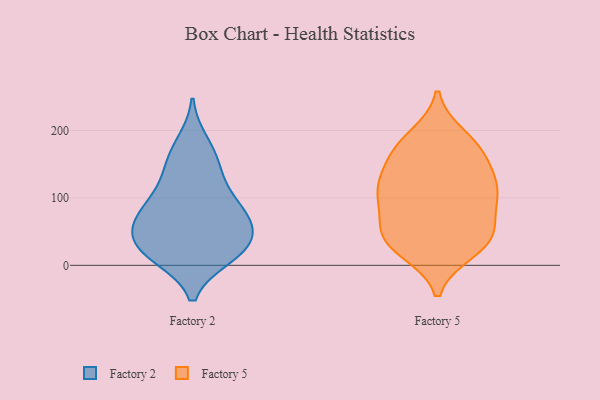
{"axis": {"x": "Backlog", "y": "Value"}, "legend": ["Factory 2", "Factory 5"], "data": [{"x": "", "y": 17, "type": "Factory 2"}, {"x": "", "y": 55, "type": "Factory 2"}, {"x": "", "y": 25, "type": "Factory 2"}, {"x": "", "y": 52, "type": "Factory 2"}, {"x": "", "y": 148, "type": "Factory 2"}, {"x": "", "y": 82, "type": "Factory 2"}, {"x": "", "y": 52, "type": "Factory 2"}, {"x": "", "y": 74, "type": "Factory 2"}, {"x": "", "y": 13, "type": "Factory 2"}, {"x": "", "y": 99, "type": "Factory 2"}, {"x": "", "y": 182, "type": "Factory 2"}, {"x": "", "y": 14, "type": "Factory 2"}, {"x": "", "y": 157, "type": "Factory 2"}, {"x": "", "y": 83, "type": "Factory 2"}, {"x": "", "y": 34, "type": "Factory 2"}, {"x": "", "y": 121, "type": "Factory 2"}, {"x": "", "y": 112, "type": "Factory 5"}, {"x": "", "y": 95, "type": "Factory 5"}, {"x": "", "y": 42, "type": "Factory 5"}, {"x": "", "y": 69, "type": "Factory 5"}, {"x": "", "y": 121, "type": "Factory 5"}, {"x": "", "y": 110, "type": "Factory 5"}, {"x": "", "y": 23, "type": "Factory 5"}, {"x": "", "y": 21, "type": "Factory 5"}, {"x": "", "y": 103, "type": "Factory 5"}, {"x": "", "y": 191, "type": "Factory 5"}, {"x": "", "y": 156, "type": "Factory 5"}, {"x": "", "y": 157, "type": "Factory 5"}, {"x": "", "y": 176, "type": "Factory 5"}, {"x": "", "y": 47, "type": "Factory 5"}, {"x": "", "y": 46, "type": "Factory 5"}, {"x": "", "y": 179, "type": "Factory 5"}, {"x": "", "y": 41, "type": "Factory 5"}, {"x": "", "y": 120, "type": "Factory 5"}]}